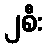
၂စီး